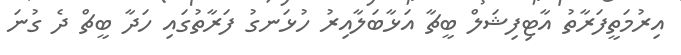
އިރުމަތީފަރާތު އާޓިފިޝަލް ބީޗާ އަޅާބަލާއިރު ހުޅަނގު ފަރާތުގައި ހަދާ ބީޗް ދެ ގުނަ